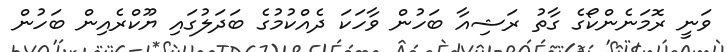
ވަނީ ރޮމަނެންކޯގެ ގާތު ރަޝިއާ ބަހުން ވާހަކަ ދެއްކުމުގެ ބަދަލުގައި ޔޫކްރެއިން ބަހުން